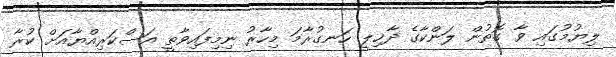
ލިޔުމުގައި ވާ ގޮތުން ލަންކާގެ ދާޚިލީ ހަނގުރާމަ މިހާރު ނިމިފައިވާތީ އަސްކަރިއްޔާއަށް ކުރާ